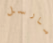
مارسل